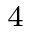
^ { 4 }